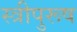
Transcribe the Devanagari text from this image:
स्त्रीपुरूष